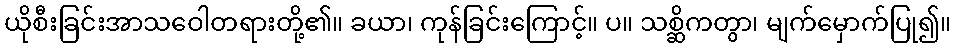
ယိုစီးခြင်းအာသဝေါတရားတို့၏။ ခယာ၊ ကုန်ခြင်းကြောင့်။ ပ။ သစ္ဆိကတွာ၊ မျက်မှောက်ပြု၍။